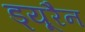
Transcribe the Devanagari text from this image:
ड्यूरैन